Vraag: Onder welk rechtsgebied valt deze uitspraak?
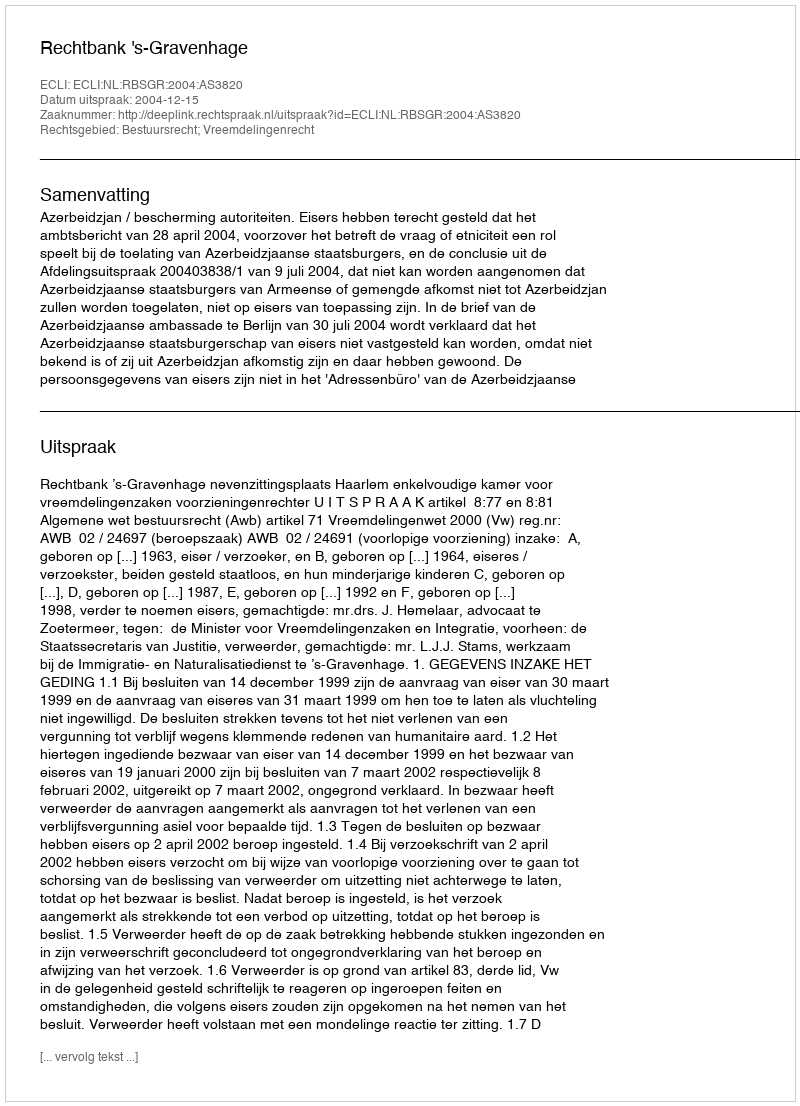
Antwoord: Bestuursrecht; Vreemdelingenrecht